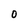
Character: o